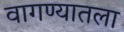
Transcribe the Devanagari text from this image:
वागण्यातला